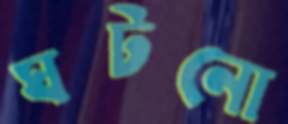
ঘটনো